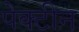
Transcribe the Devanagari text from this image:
पेक्टीन